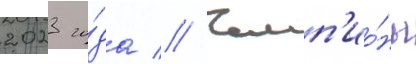
2023 го́да // Чемп'ио́ны